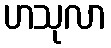
ဟသုလာ